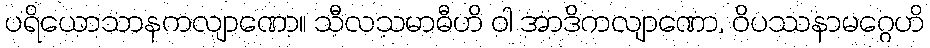
ပရိယောသာနကလျာဏော။ သီလသမာဓီဟိ ဝါ အာဒိကလျာဏော, ဝိပဿနာမဂ္ဂေဟိ